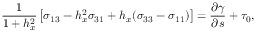
\frac { 1 } { 1 + h _ { x } ^ { 2 } } \left[ \sigma _ { 1 3 } - h _ { x } ^ { 2 } \sigma _ { 3 1 } + h _ { x } ( \sigma _ { 3 3 } - \sigma _ { 1 1 } ) \right] = \frac { \partial \gamma } { \partial s } + \tau _ { 0 } ,